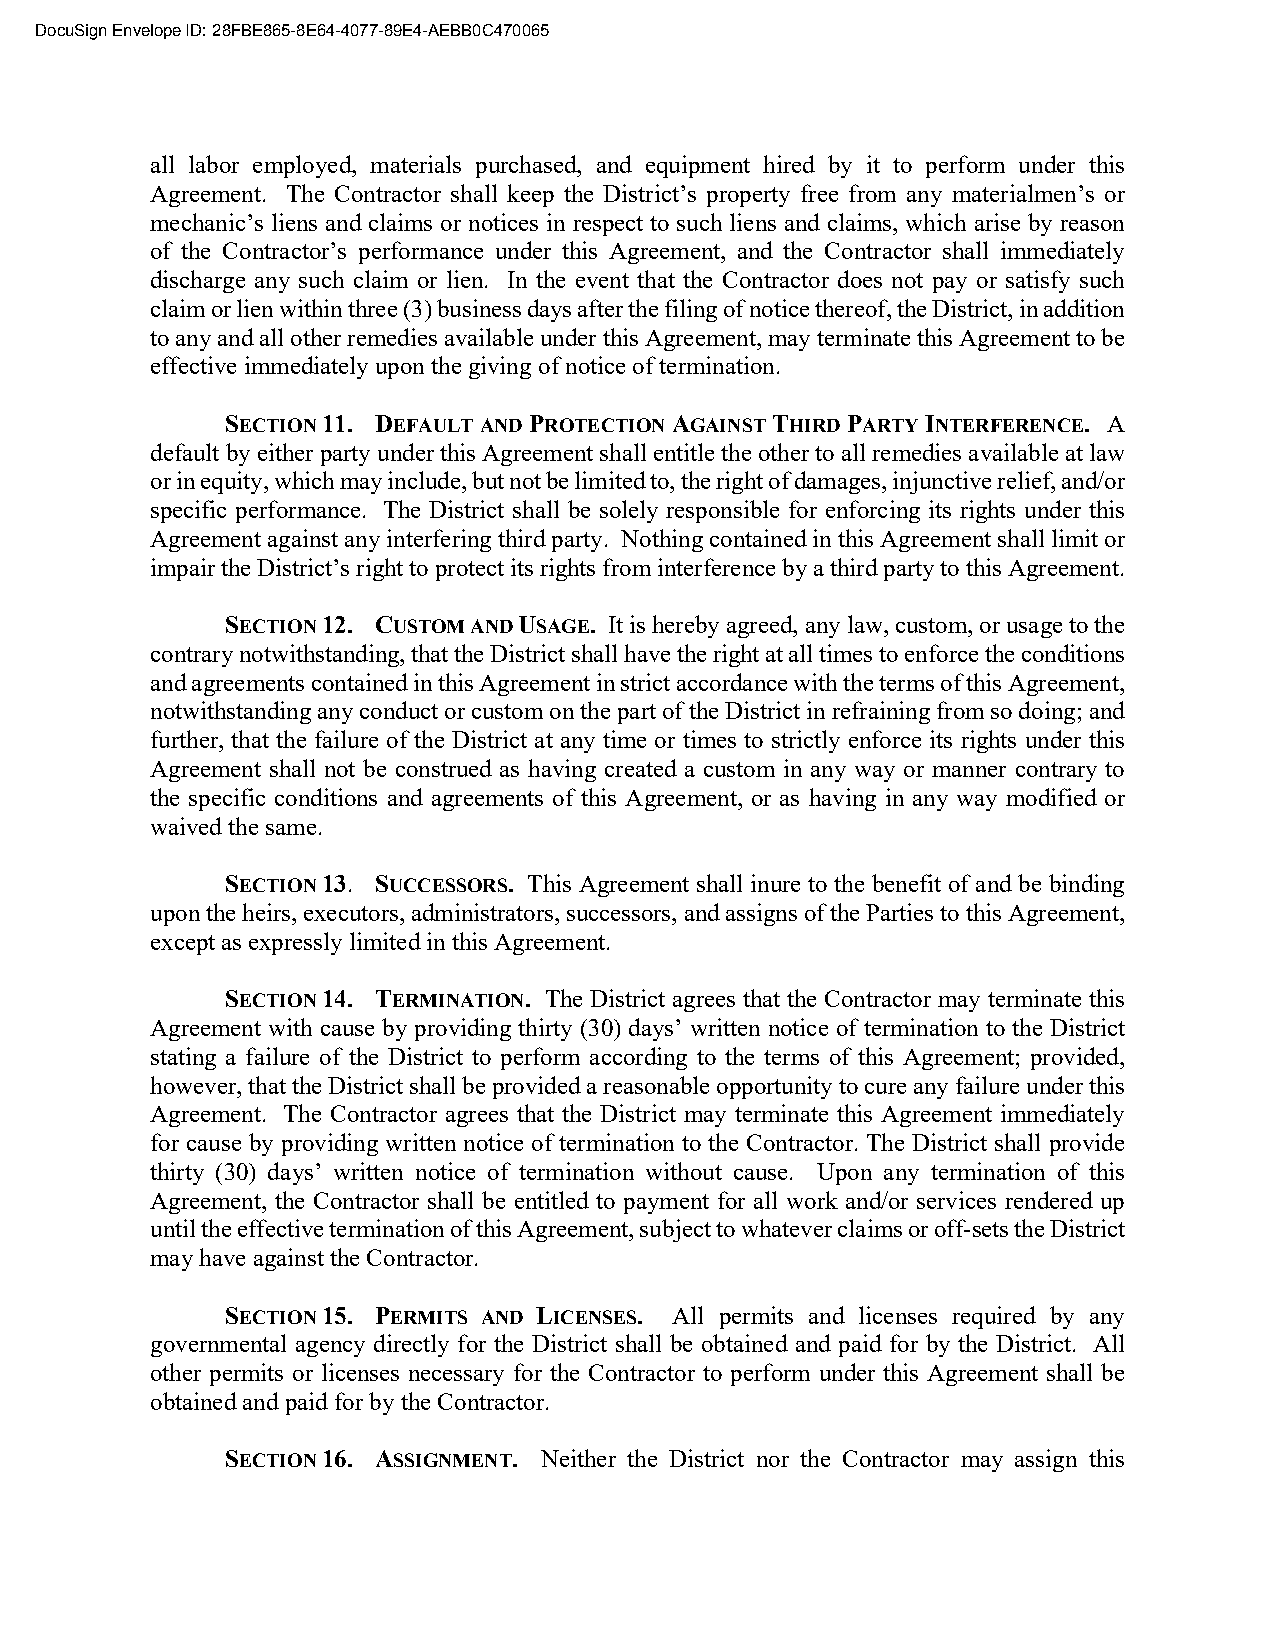
DocuSign Envelope ID: 28FBE865-8E64-4077-89E4-AEBB0C470065
 all labor employed, materials purchased, and equipment hired by it to perform under this
 Agreement. The Contractor shall keep the District’s property free from any materialmen’s or
 mechanic’s liens and claims or notices in respect to such liens and claims, which arise by reason
 of the Contractor’s performance under this Agreement, and the Contractor shall immediately
 discharge any such claim or lien. In the event that the Contractor does not pay or satisfy such
 claim or lien within three (3) business days after the filing of notice thereof, the District, in addition
 to any and all other remedies available under this Agreement, may terminate this Agreement to be
 effective immediately upon the giving of notice of termination.
 SECTION 11. DEFAULT AND PROTECTION AGAINST THIRD PARTY INTERFERENCE. A
 default by either party under this Agreement shall entitle the other to all remedies available at law
 or in equity, which may include, but not be limited to, the right of damages, injunctive relief, and/or
 specific performance. The District shall be solely responsible for enforcing its rights under this
 Agreement against any interfering third party. Nothing contained in this Agreement shall limit or
 impair the District’s right to protect its rights from interference by a third party to this Agreement.
 SECTION 12. CUSTOM AND USAGE. It is hereby agreed, any law, custom, or usage to the
 contrary notwithstanding, that the District shall have the right at all times to enforce the conditions
 and agreements contained in this Agreement in strict accordance with the terms of this Agreement,
 notwithstanding any conduct or custom on the part of the District in refraining from so doing; and
 further, that the failure of the District at any time or times to strictly enforce its rights under this
 Agreement shall not be construed as having created a custom in any way or manner contrary to
 the specific conditions and agreements of this Agreement, or as having in any way modified or
 waived the same.
 SECTION 13. SUCCESSORS. This Agreement shall inure to the benefit of and be binding
 upon the heirs, executors, administrators, successors, and assigns of the Parties to this Agreement,
 except as expressly limited in this Agreement.
 SECTION 14. TERMINATION. The District agrees that the Contractor may terminate this
 Agreement with cause by providing thirty (30) days’ written notice of termination to the District
 stating a failure of the District to perform according to the terms of this Agreement; provided,
 however, that the District shall be provided a reasonable opportunity to cure any failure under this
 Agreement. The Contractor agrees that the District may terminate this Agreement immediately
 for cause by providing written notice of termination to the Contractor. The District shall provide
 thirty (30) days’ written notice of termination without cause. Upon any termination of this
 Agreement, the Contractor shall be entitled to payment for all work and/or services rendered up
 until the effective termination of this Agreement, subject to whatever claims or off-sets the District
 may have against the Contractor.
 SECTION 15. PERMITS AND LICENSES. All permits and licenses required by any
 governmental agency directly for the District shall be obtained and paid for by the District. All
 other permits or licenses necessary for the Contractor to perform under this Agreement shall be
 obtained and paid for by the Contractor.
 SECTION 16. ASSIGNMENT. Neither the District nor the Contractor may assign this